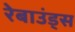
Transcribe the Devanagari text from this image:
रेबाउंड्स